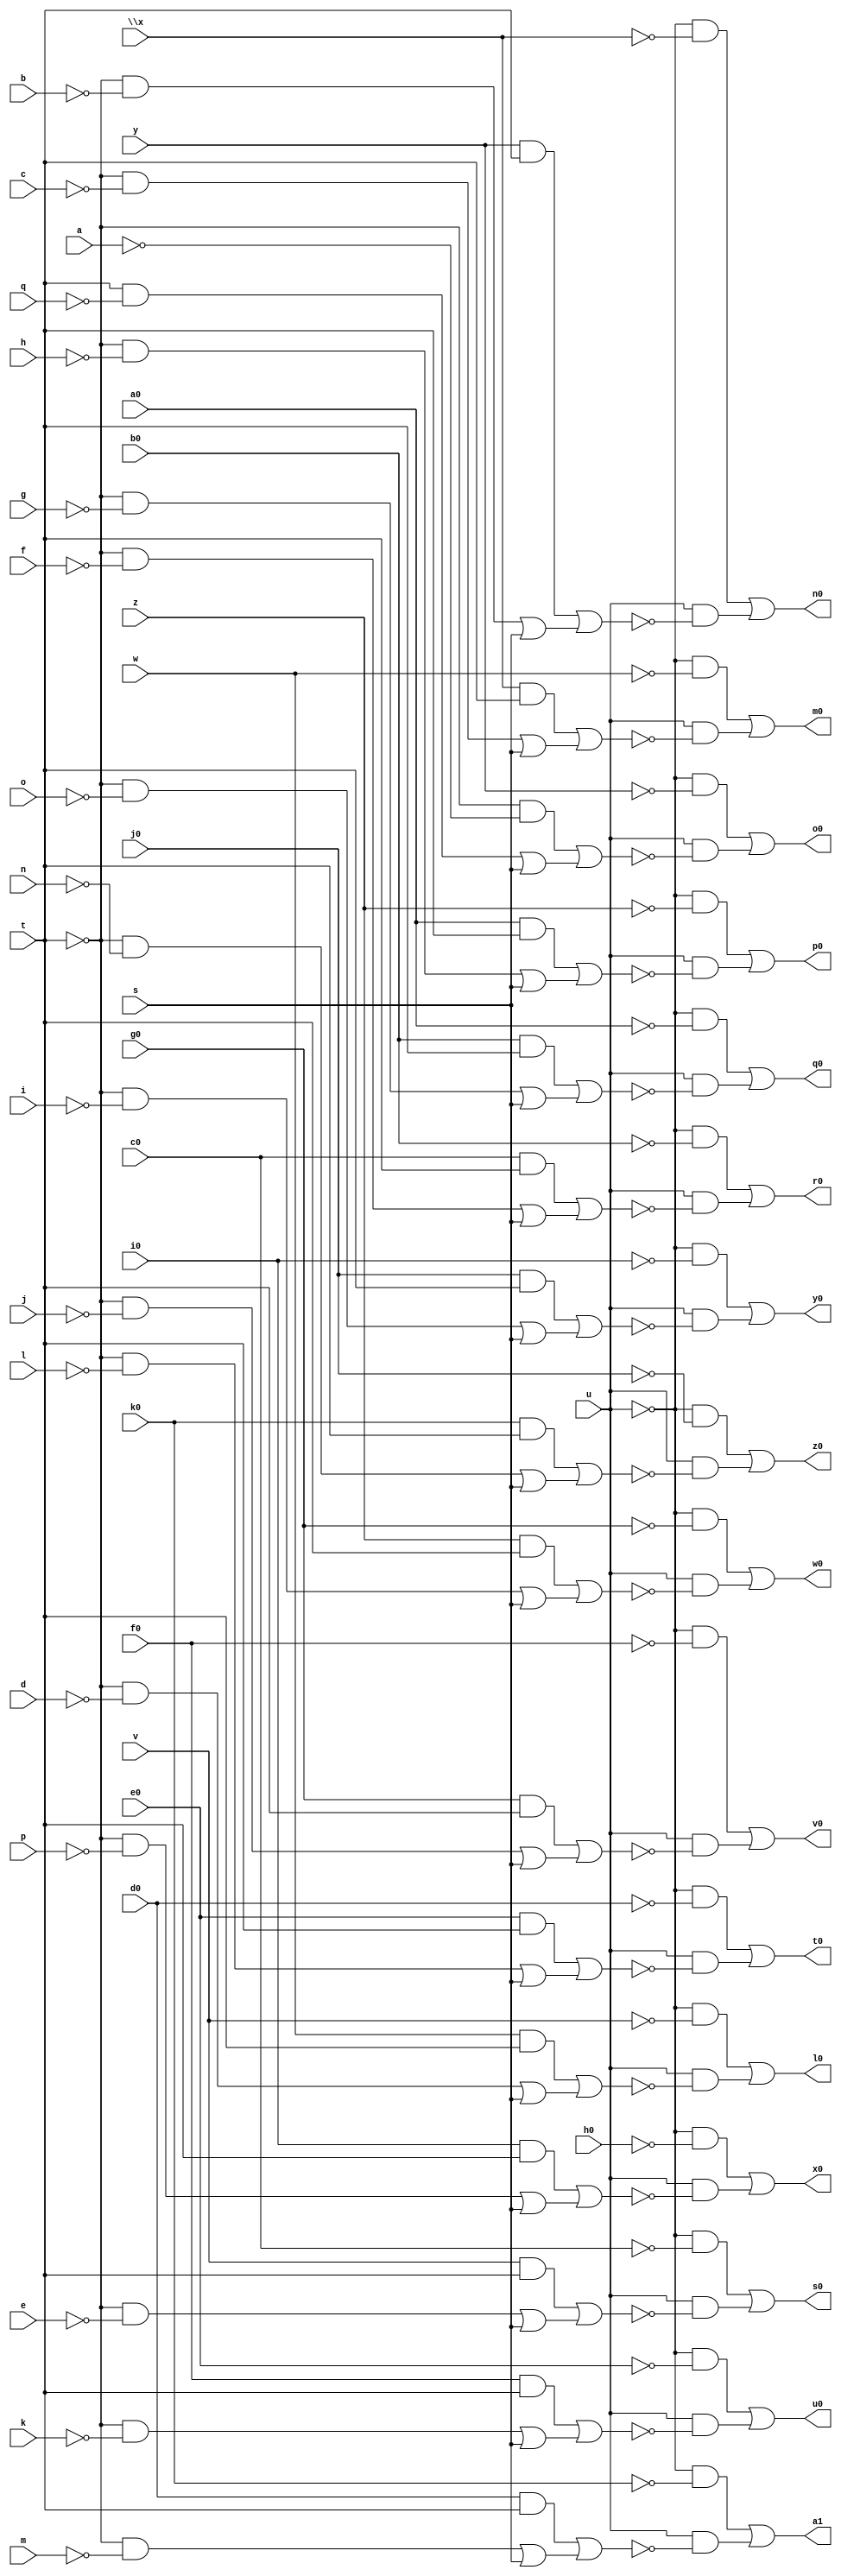
// IWLS benchmark module "unreg" printed on Wed May 29 16:25:17 2002
module unreg(a, b, c, d, e, f, g, h, i, j, k, l, m, n, o, p, q, s, t, u, v, w, \x , y, z, a0, b0, c0, d0, e0, f0, g0, h0, i0, j0, k0, l0, m0, n0, o0, p0, q0, r0, s0, t0, u0, v0, w0, x0, y0, z0, a1);
input
  g0,
  h0,
  i0,
  j0,
  k0,
  a,
  b,
  c,
  d,
  e,
  f,
  g,
  h,
  i,
  j,
  k,
  l,
  m,
  n,
  o,
  p,
  q,
  s,
  t,
  u,
  v,
  w,
  \x ,
  y,
  z,
  a0,
  b0,
  c0,
  d0,
  e0,
  f0;
output
  l0,
  m0,
  n0,
  o0,
  p0,
  q0,
  r0,
  s0,
  t0,
  u0,
  v0,
  w0,
  x0,
  y0,
  z0,
  a1;
wire
  g2,
  i2,
  j2,
  \[10] ,
  \[11] ,
  m2,
  \[12] ,
  \[13] ,
  o2,
  \[14] ,
  \[0] ,
  \[15] ,
  q2,
  \[1] ,
  r2,
  \[2] ,
  \[3] ,
  \[4] ,
  u2,
  \[5] ,
  \[6] ,
  w1,
  w2,
  \[7] ,
  \[8] ,
  y1,
  y2,
  \[9] ,
  z2,
  a2,
  b2,
  e2;
assign
  g2 = (b0 & t) | ((~t & ~g) | s),
  i2 = (c0 & t) | ((~t & ~f) | s),
  j2 = (v & t) | ((~t & ~e) | s),
  \[10]  = (~u & ~f0) | (u & ~q2),
  l0 = \[0] ,
  \[11]  = (~u & ~g0) | (u & ~r2),
  m0 = \[1] ,
  m2 = (e0 & t) | ((~t & ~l) | s),
  \[12]  = (~u & ~h0) | (u & ~u2),
  n0 = \[2] ,
  \[13]  = (~u & ~i0) | (u & ~w2),
  o0 = \[3] ,
  o2 = (f0 & t) | ((~t & ~k) | s),
  \[14]  = (~u & ~j0) | (u & ~y2),
  p0 = \[4] ,
  \[0]  = (~u & ~v) | (u & ~w1),
  \[15]  = (~u & ~k0) | (u & ~z2),
  q0 = \[5] ,
  q2 = (g0 & t) | ((~t & ~j) | s),
  \[1]  = (~u & ~w) | (u & ~y1),
  r0 = \[6] ,
  r2 = (z & t) | ((~t & ~i) | s),
  \[2]  = (~u & ~\x ) | (u & ~a2),
  s0 = \[7] ,
  \[3]  = (~u & ~y) | (u & ~b2),
  t0 = \[8] ,
  \[4]  = (~u & ~z) | (u & ~e2),
  u0 = \[9] ,
  u2 = (i0 & t) | ((~t & ~p) | s),
  \[5]  = (~u & ~a0) | (u & ~g2),
  v0 = \[10] ,
  \[6]  = (~u & ~b0) | (u & ~i2),
  w0 = \[11] ,
  w1 = (w & t) | ((~t & ~d) | s),
  w2 = (j0 & t) | ((~t & ~o) | s),
  \[7]  = (~u & ~c0) | (u & ~j2),
  x0 = \[12] ,
  \[8]  = (~u & ~d0) | (u & ~m2),
  y0 = \[13] ,
  y1 = (\x  & t) | ((~t & ~c) | s),
  y2 = (k0 & t) | ((~t & ~n) | s),
  \[9]  = (~u & ~e0) | (u & ~o2),
  z0 = \[14] ,
  z2 = (d0 & t) | ((~t & ~m) | s),
  a1 = \[15] ,
  a2 = (y & t) | ((~t & ~b) | s),
  b2 = (~t & ~a) | ((t & ~q) | s),
  e2 = (a0 & t) | ((~t & ~h) | s);
endmodule